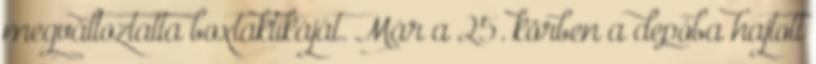
megváltoztatta boxtaktikáját. Már a 25. körben a depóba hajtott